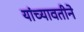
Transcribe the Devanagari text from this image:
यांच्यावतीने